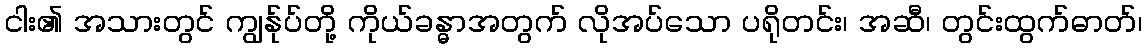
ငါး၏ အသားတွင် ကျွန်ုပ်တို့ ကိုယ်ခန္ဓာအတွက် လိုအပ်သော ပရိုတင်း၊ အဆီ၊ တွင်းထွက်ဓာတ်၊